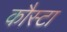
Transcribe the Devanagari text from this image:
कौस्टा